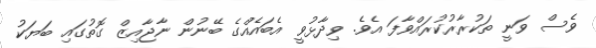
ވެސް ވަނީ ތަކުރާރުކުރައްވާފަ އެވެ. ވިދާޅުވީ އެބައެއްގެ ބޭނުން ނާޖާއިޒް ގޮތުގައި ބަޔަކު